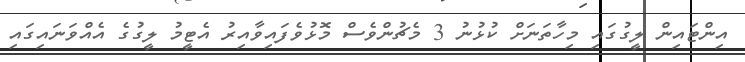
އިންޓައިން ލީގުގައި މިހާތަނަށް ކުޅުނު 3 މެޗުންވެސް މޮޅުވެފައިވާއިރު އެޓީމު ލީގުގެ އެއްވަނައިގައި